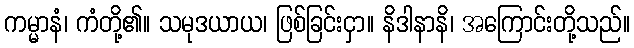
ကမ္မာနံ၊ ကံတို့၏။ သမုဒယာယ၊ ဖြစ်ခြင်းငှာ။ နိဒါနာနိ၊ အကြောင်းတို့သည်။